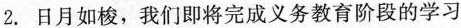
2. 日月如梭，我们即将完成义务教育阶段的学习